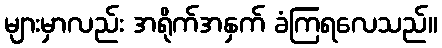
များမှာလည်း အရိုက်အနှက် ခံကြရလေသည်။